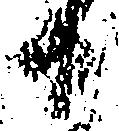
日